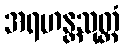
အရဟန္တသုတ္တံ